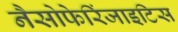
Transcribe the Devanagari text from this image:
नैसोफेरिंजाइटिस